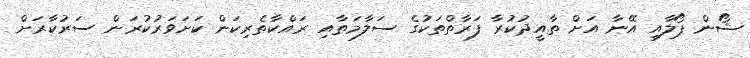
ޝޯން ޕޯލާއި އޭނާ އަށް ތާއީދުކުރާ ފަރާތްތަކުގެ ސަލާމަތާއި ރައްކާތެރިކަން ކަށަވަރުކުރަން ސަރުކާރަށް